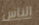
الناس